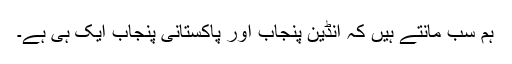
ہم سب مانتے ہیں کہ انڈین پنجاب اور پاکستانی پنجاب ایک ہی ہے۔